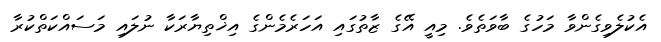
އެކުލެވިގެންވާ މަހުގެ ބާވަތެވެ. މިއީ އޭގެ ޒާތުގައި އަހަރެމެންގެ އިޚްތިޔާރަކާ ނުލައި މަސައްކަތްކުރާ